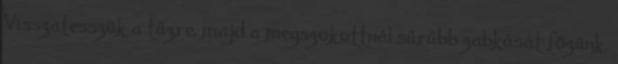
Visszatesszük a tűzre, majd a megszokottnál sűrűbb zabkását főzünk.